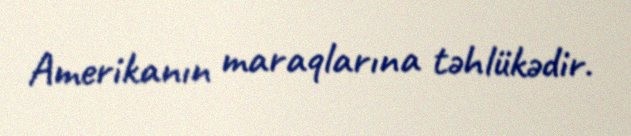
Amerikanın maraqlarına təhlükədir.